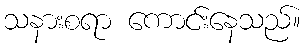
သနားစရာ ကောင်းနေသည်။